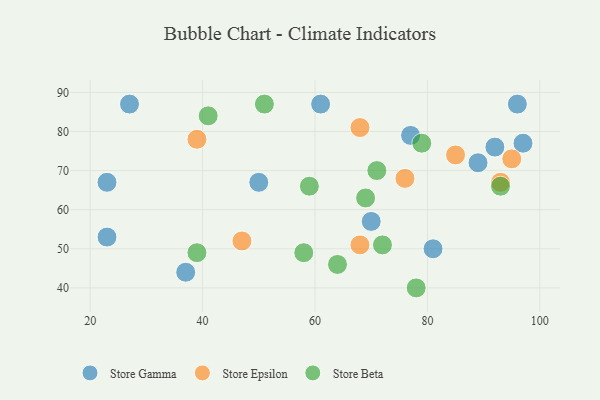
{"axis": {"x": "GDP", "y": "Life Expectancy"}, "legend": ["Store Beta", "Store Epsilon", "Store Gamma"], "data": [{"x": "23", "y": 67, "type": "Store Gamma"}, {"x": "92", "y": 76, "type": "Store Gamma"}, {"x": "61", "y": 87, "type": "Store Gamma"}, {"x": "27", "y": 87, "type": "Store Gamma"}, {"x": "70", "y": 57, "type": "Store Gamma"}, {"x": "77", "y": 79, "type": "Store Gamma"}, {"x": "23", "y": 53, "type": "Store Gamma"}, {"x": "96", "y": 87, "type": "Store Gamma"}, {"x": "81", "y": 50, "type": "Store Gamma"}, {"x": "89", "y": 72, "type": "Store Gamma"}, {"x": "50", "y": 67, "type": "Store Gamma"}, {"x": "97", "y": 77, "type": "Store Gamma"}, {"x": "37", "y": 44, "type": "Store Gamma"}, {"x": "85", "y": 74, "type": "Store Epsilon"}, {"x": "39", "y": 78, "type": "Store Epsilon"}, {"x": "68", "y": 51, "type": "Store Epsilon"}, {"x": "93", "y": 67, "type": "Store Epsilon"}, {"x": "95", "y": 73, "type": "Store Epsilon"}, {"x": "76", "y": 68, "type": "Store Epsilon"}, {"x": "68", "y": 81, "type": "Store Epsilon"}, {"x": "47", "y": 52, "type": "Store Epsilon"}, {"x": "39", "y": 49, "type": "Store Beta"}, {"x": "41", "y": 84, "type": "Store Beta"}, {"x": "79", "y": 77, "type": "Store Beta"}, {"x": "51", "y": 87, "type": "Store Beta"}, {"x": "78", "y": 40, "type": "Store Beta"}, {"x": "72", "y": 51, "type": "Store Beta"}, {"x": "58", "y": 49, "type": "Store Beta"}, {"x": "69", "y": 63, "type": "Store Beta"}, {"x": "64", "y": 46, "type": "Store Beta"}, {"x": "59", "y": 66, "type": "Store Beta"}, {"x": "71", "y": 70, "type": "Store Beta"}, {"x": "93", "y": 66, "type": "Store Beta"}]}